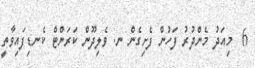
6  މިއަދު މެންދުރު ފަހުން ފެށިގެން ނ. ވެލިދޫން ކަރަންޓް ކެނޑިފައިވާތީ